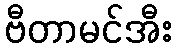
ဗီတာမင်အီး